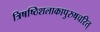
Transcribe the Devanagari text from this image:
त्रिषष्ठिशलाकापुरुषचरित्